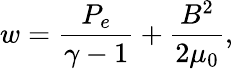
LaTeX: w=\frac{P_{e}}{\gamma-1}+\frac{B^{2}}{2\mu_{0}},